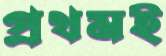
প্রথমই